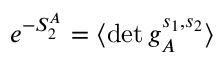
e ^ { - S _ { 2 } ^ { A } } = \langle \operatorname* { d e t } g _ { A } ^ { s _ { 1 } , s _ { 2 } } \rangle